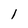
Character: 1